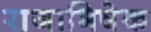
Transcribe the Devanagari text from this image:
राजाभिषेक